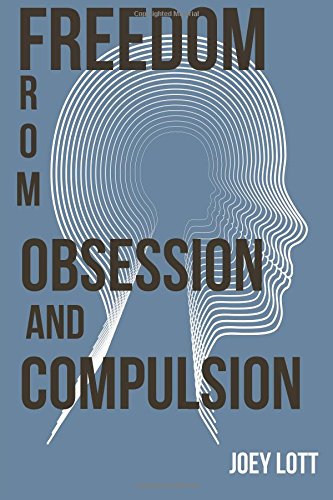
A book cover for Freedom from Obsession and Compulsion; Joey Lott; Health, Fitness & Dieting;